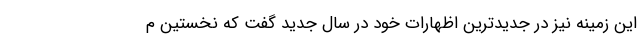
این زمینه نیز در جدیدترین اظهارات خود در سال جدید گفت که نخستین م